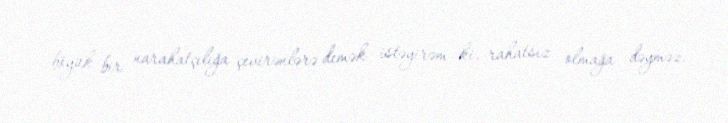
böyük bir narahatçılığa çevirənlərə demək istəyirəm ki, rahatsız olmağa dəyməz.